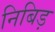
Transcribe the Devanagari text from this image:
निबिड़